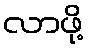
လာဖို့